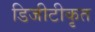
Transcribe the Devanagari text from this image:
डिजीटीकृत